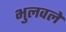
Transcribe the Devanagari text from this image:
भुलवले